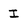
Character: I